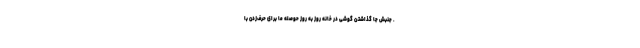
. جنبش جا گذاشتن گوشی در خانه روز به روز حوصله ما برای حرف‌زدن با